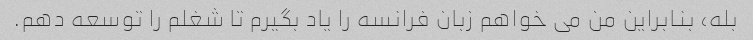
بله، بنابراین من می خواهم زبان فرانسه را یاد بگیرم تا شغلم را توسعه دهم.